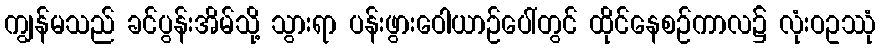
ကျွန်မသည် ခင်ပွန်းအိမ်သို့ သွားရာ ပန်းဖွားဝေါယာဉ်ပေါ်တွင် ထိုင်နေစဉ်ကာလ၌ လုံးဝဥဿုံ